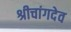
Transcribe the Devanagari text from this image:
श्रीचांगदेव